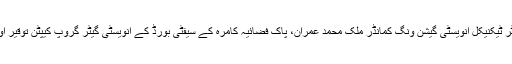
تحقیقاتی ٹیم کے دیگر اراکین میں اے اے آئی بی کے ایڈیشنل ڈائریکٹر ٹیکنیکل انویسٹی گیشن ونگ کمانڈر ملک محمد عمران، پاک فضائیہ کامرہ کے سیفٹی بورڈ کے انویسٹی گیٹر گروپ کیپٹن توقیر اور بورڈ کے جوائنٹ ڈائریکٹر اے ٹی سی ناصر مجید شامل ہوں گے۔